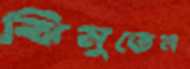
ঝিমুতেন